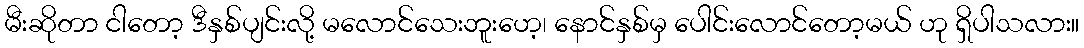
မီးဆိုတာ ငါတော့ ဒီနှစ်ပျင်းလို့ မလောင်သေးဘူးဟေ့၊ နောင်နှစ်မှ ပေါင်းလောင်တော့မယ် ဟု ရှိပါသလား။